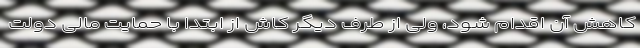
کاهش آن اقدام شود، ولی از طرف دیگر کاش از ابتدا با حمایت‌ مالی دولت